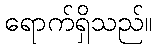
ရောက်ရှိသည်။